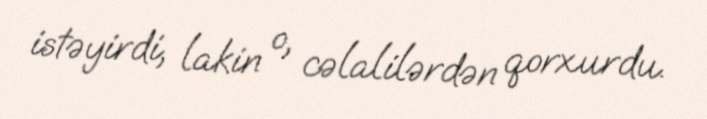
istəyirdi, lakin o, cəlalilərdən qorxurdu.